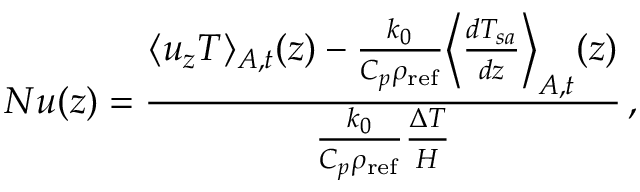
N u ( z ) = \frac { \langle u _ { z } T \rangle _ { A , t } ( z ) - \frac { k _ { 0 } } { C _ { p } \rho _ { \mathrm { r e f } } } \Big \langle \frac { d T _ { s a } } { d z } \Big \rangle _ { A , t } ( z ) } { \frac { k _ { 0 } } { C _ { p } \rho _ { \mathrm { r e f } } } \frac { \Delta T } { H } } \, ,